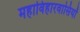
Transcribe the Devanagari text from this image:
महाविहारवासियों